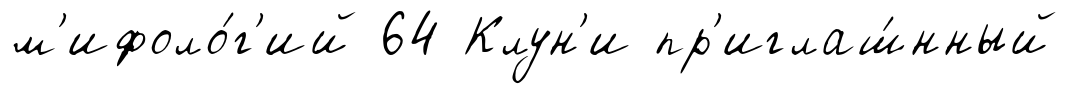
м'ифоло́г'ий 64 Клун'и пр'иглаш́нный